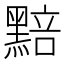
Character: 𮮚